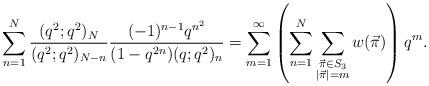
LaTeX: \begin{align*}\sum_{n=1}^{N}\frac{(q^2;q^2)_N}{(q^2;q^2)_{N-n}}\frac{(-1)^{n-1}q^{n^2}}{(1-q^{2n})(q;q^2)_n}=\sum_{m=1}^{\infty}\left( \sum_{n=1}^{N}\sum_{\substack{\vec{\pi}\in S_3\\|\vec{\pi}|=m}}w(\vec{\pi})\right)q^m.\end{align*}